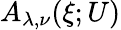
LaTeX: A_{\lambda,\nu}(\xi;U)